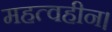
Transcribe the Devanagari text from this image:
महत्वहीन।